Civil Veterinary Department Bengal reports 1923-33 - 1923-1933
Year: 1923
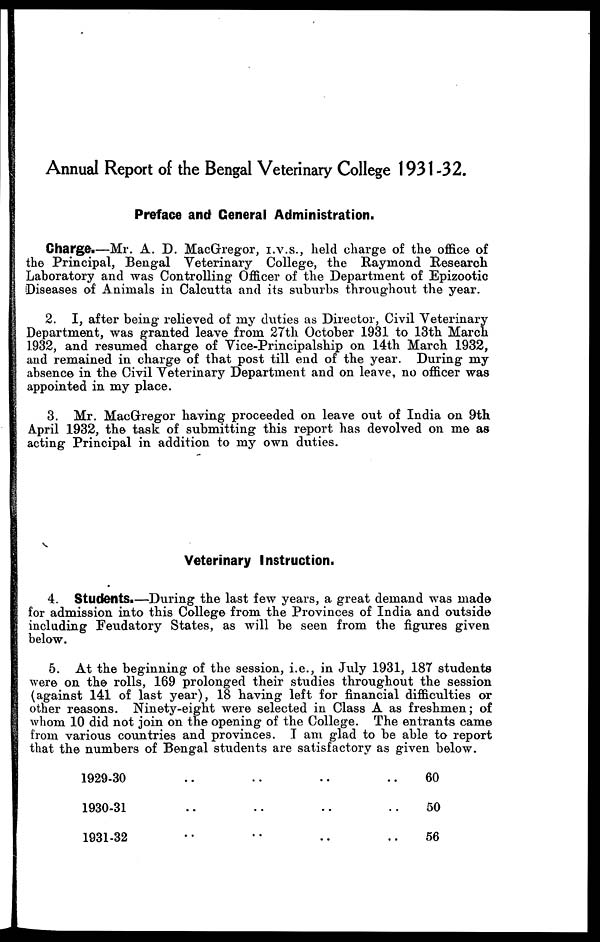
Annual Report of the Bengal Veterinary College 1931-32.
Preface and General Administration.
Charge.—Mr. A. D. MacGregor, i.v.s., held charge of the office of
the Principal, Bengal Veterinary College, the Raymond Research
Laboratory and was Controlling Officer of the Department of Epizootic
Diseases of Animals in Calcutta and its suburbs throughout the year.
2. I, after being relieved of my duties as Director, Civil Veterinary
Department, was granted leave from 27th October 1931 to 13th March
1932, and resumed charge of Vice-Principalship on 14th March 1932,
and remained in charge of that post till end of the year. During my
absence in the Civil Veterinary Department and on leave, no officer was
appointed in my place.
3. Mr. MacGregor having proceeded on leave out of India on 9th
April 1932, the task of submitting this report has devolved on me as
acting Principal in addition to my own duties.
Veterinary Instruction.
4. Students.—During the last few years, a great demand was made
for admission into this College from the Provinces of India and outside
including Feudatory States, as will be seen from the figures given
below.
5. At the beginning of the session, i.e., in July 1931, 187 students
were on the rolls, 169 prolonged their studies throughout the session
(against 141 of last year), 18 having left for financial difficulties or
other reasons. Ninety-eight were selected in Class A as freshmen; of
whom 10 did not join on the opening of the College. The entrants came
from various countries and provinces. I am glad to be able to report
that the numbers of Bengal students are satisfactory as given below.
1929-30 .. .. .. ..
1930-31 .. .. .. ..
1931-32 .. .. .. ..
60
50
56